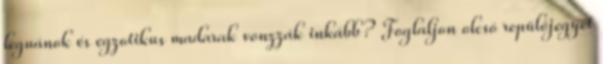
leguánok és egzotikus madarak vonzzák inkább? Foglaljon olcsó repülőjegyet